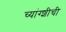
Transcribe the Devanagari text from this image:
च्यांग्शीची